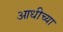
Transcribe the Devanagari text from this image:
आधीच्‍या